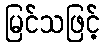
မြင်သဖြင့်